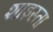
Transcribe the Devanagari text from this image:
शाइस्‍ता